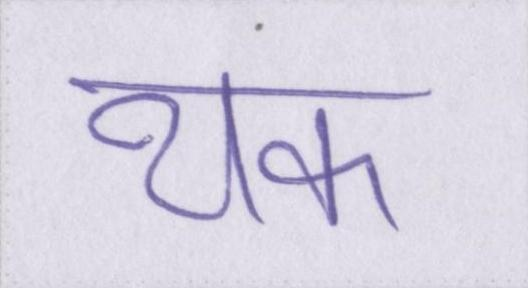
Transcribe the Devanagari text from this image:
थक